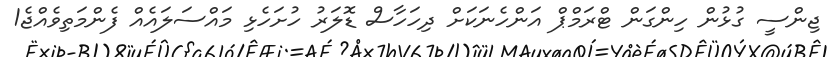
ޖިންސީ ގުޅުން ހިންގަން ޓްރަމްޕް އަންހެނަކަށް ދިހަހާސް ޑޮލަރު ހުށަހެޅި މައްސަލައެއް ފެންމަތިވެއްޖެ1